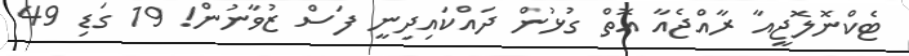
ޓެކްނޮލޮޖީއާ ރާއްޖެއާ އޮތް ގުޅުން ދައްކައިދިނީ ފަސް ޒުވާނުން! 19 ގަޑި 49